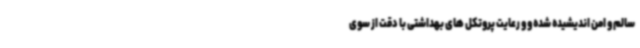
سالم و امن اندیشیده شده و و رعایت پروتکل های بهداشتی با دقت از سوی